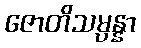
ဇောတိသမ္ပန္နာ